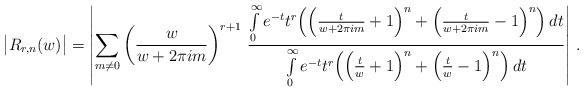
LaTeX: \begin{align*}\big| R_{r,n} (w)\big|& = \left|\sum\limits_{m\not= 0} \left( \frac{w}{w+2\pi im}\right)^{r+1}\, \frac{\int\limits_0^\infty e^{-t} t^r \Big( \Big( \frac{t}{w+2\pi im} + 1\Big)^n + \Big( \frac{t}{w+2\pi im} - 1\Big)^n\Big)\, dt} {\int\limits_0^\infty e^{-t} t^r \Big( \Big( \frac{t}{w} + 1\Big)^n + \Big( \frac{t}{w} - 1\Big)^n\Big)\, dt} \right|\, . \end{align*}